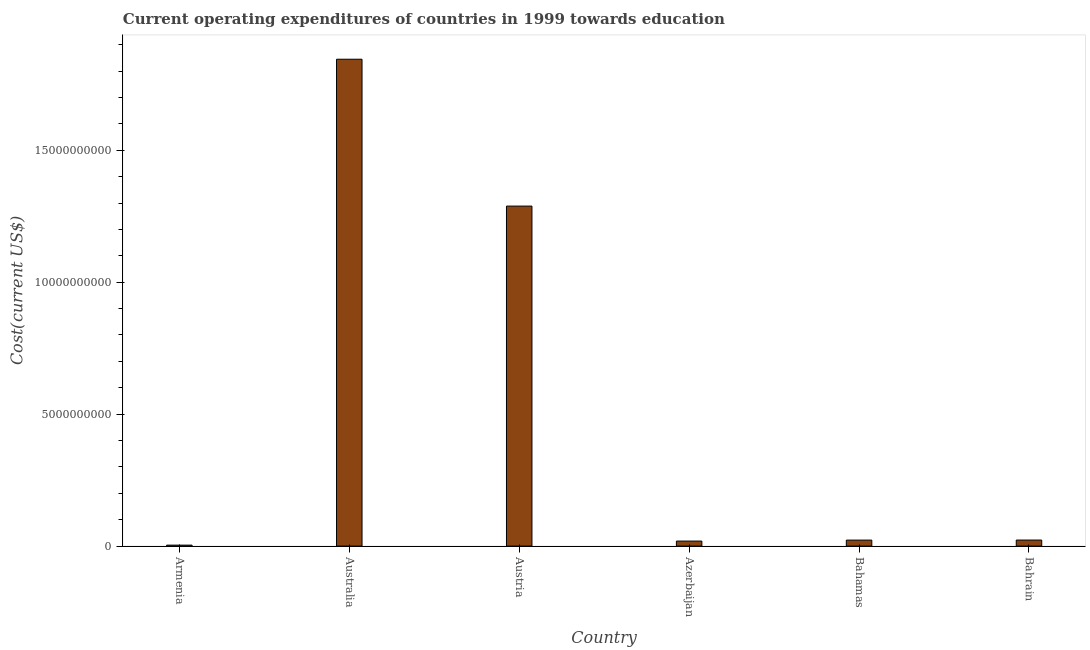
| Country | Education expenditure |
 | --- | --- |
 | Armenia | 3.66e+07 |
 | Australia | 1.85e+10 |
 | Austria | 1.29e+10 |
 | Azerbaijan | 1.91e+08 |
 | Bahamas | 2.27e+08 |
 | Bahrain | 2.29e+08 |